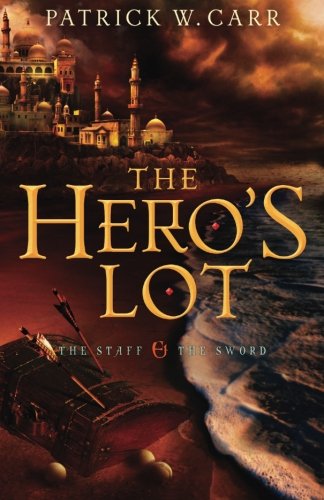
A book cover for The Hero's Lot (The Staff and the Sword); Patrick W. Carr; Christian Books & Bibles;